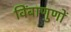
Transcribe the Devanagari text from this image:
विंबाणुणों